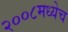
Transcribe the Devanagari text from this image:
२००८मध्येच